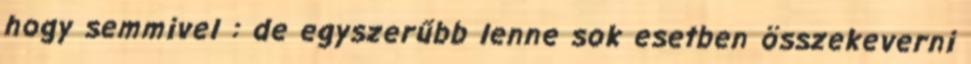
hogy semmivel : de egyszerűbb lenne sok esetben összekeverni